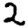
Digit: 2